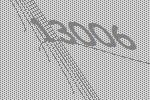
13006